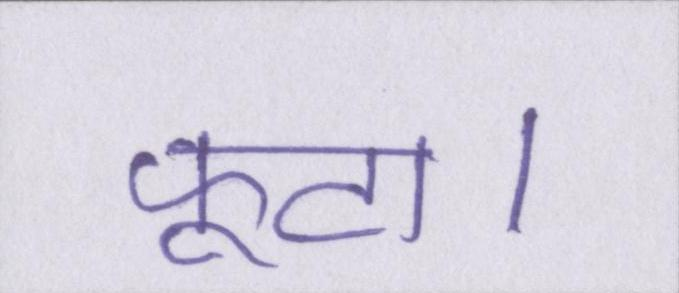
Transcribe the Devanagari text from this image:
फूटा।